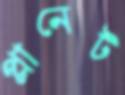
প্লানেট